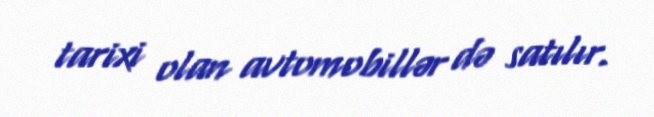
tarixi olan avtomobillər də satılır.